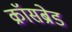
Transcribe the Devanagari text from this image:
क्रॉसब्रेड